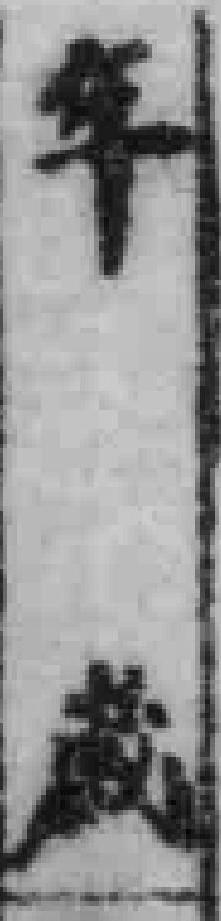
年嵗